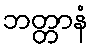
ဘတ္တာနံ